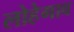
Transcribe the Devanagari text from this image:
लोहेगाव